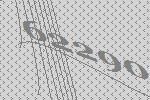
62290